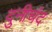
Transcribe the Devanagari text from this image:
दुनीचंद